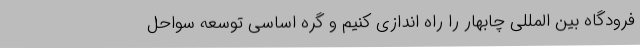
فرودگاه بین المللی چابهار را راه اندازی کنیم و گره اساسی توسعه سواحل